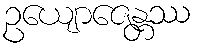
ဥယျောဇေန္တဿ